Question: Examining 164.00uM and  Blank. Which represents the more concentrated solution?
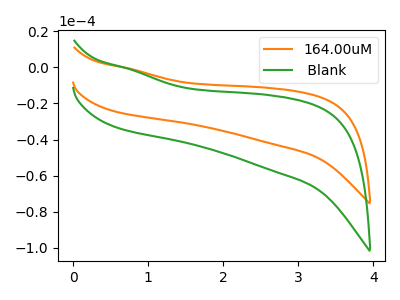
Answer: <think>The orange curve "164.00uM" has no peaks. The green curve " Blank" has no peaks.
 Neither "164.00uM" or " Blank" have any peaks.</think>
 <answer>I cant tell if "164.00uM" or " Blank" has higher concentration.</answer>
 <eval>mixed_concentration</eval>